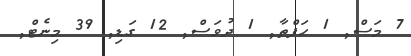
7 މަސް